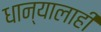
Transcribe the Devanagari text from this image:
धान्यालाही